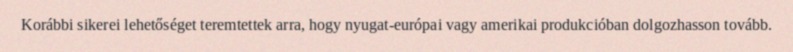
Korábbi sikerei lehetőséget teremtettek arra, hogy nyugat-európai vagy amerikai produkcióban dolgozhasson tovább.